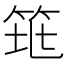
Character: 𥬻